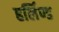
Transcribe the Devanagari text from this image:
हर्लिण्ड